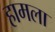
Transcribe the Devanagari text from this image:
हामला